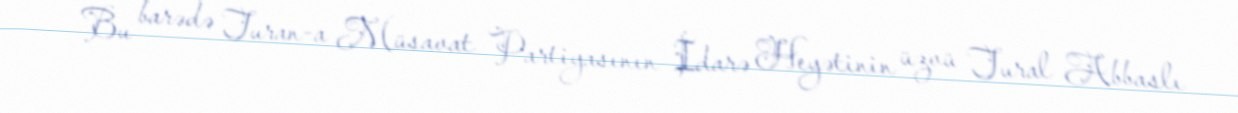
Bu barədə Turan-a Müsavat Partiyasının İdarə Heyətinin üzvü Tural Abbaslı